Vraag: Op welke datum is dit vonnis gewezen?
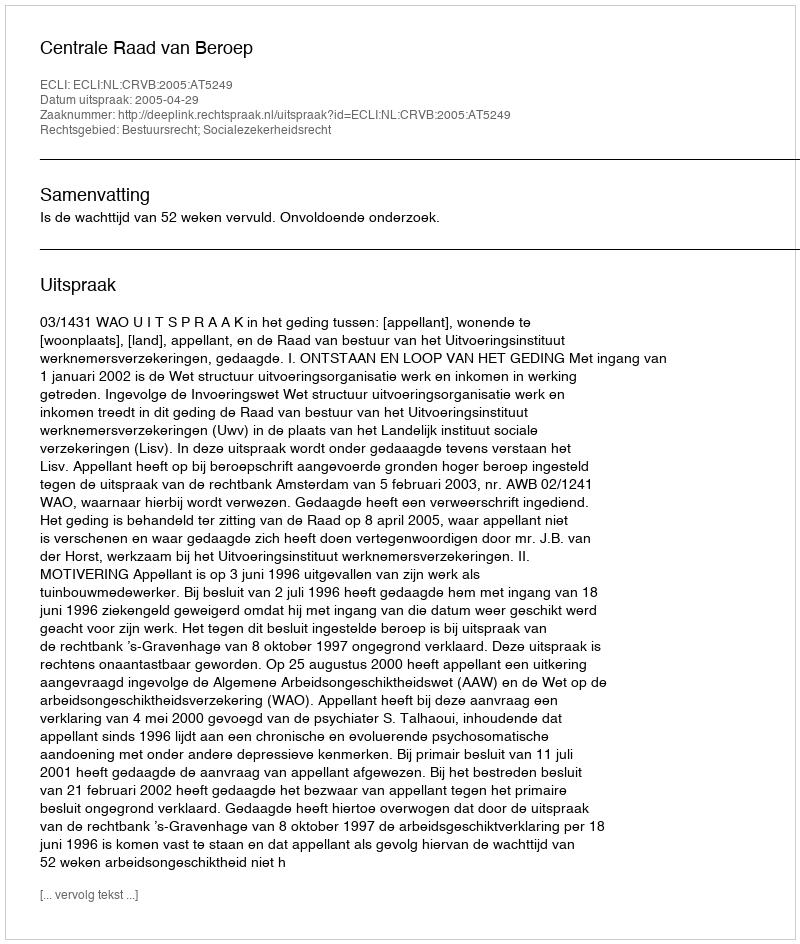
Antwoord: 2005-04-29